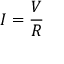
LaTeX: I = { \frac { V } { R } }